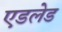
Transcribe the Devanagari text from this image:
एडलेड